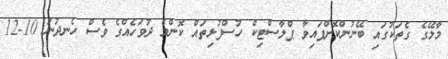
މާލޭގެ ގެތަކުގައި ބޭނުންކޮށްފައިވާ ޕްލާސްޓިކް ހުސްފުޅިތައް ކޮންމެ ދުވަހެއްގެ ވެސް ހެނދުނު 10-12